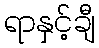
ရာနှင့်ချီ